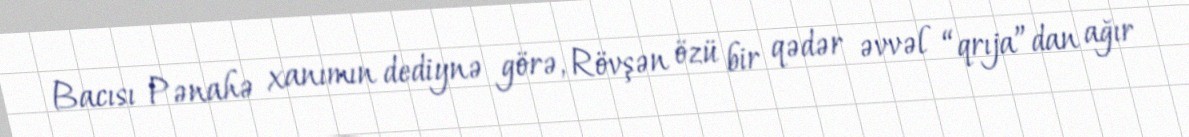
Bacısı Pənahə xanımın dediynə görə, Rövşən özü bir qədər əvvəl “qrıja”dan ağır